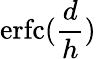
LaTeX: \operatorname{erfc}(\frac{d}{h})